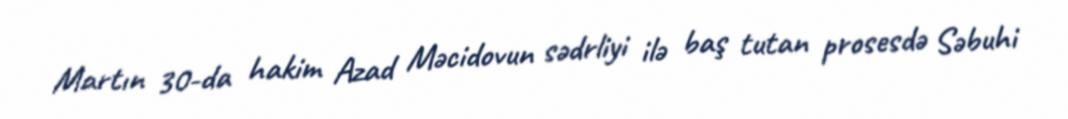
Martın 30-da hakim Azad Məcidovun sədrliyi ilə baş tutan prosesdə Səbuhi